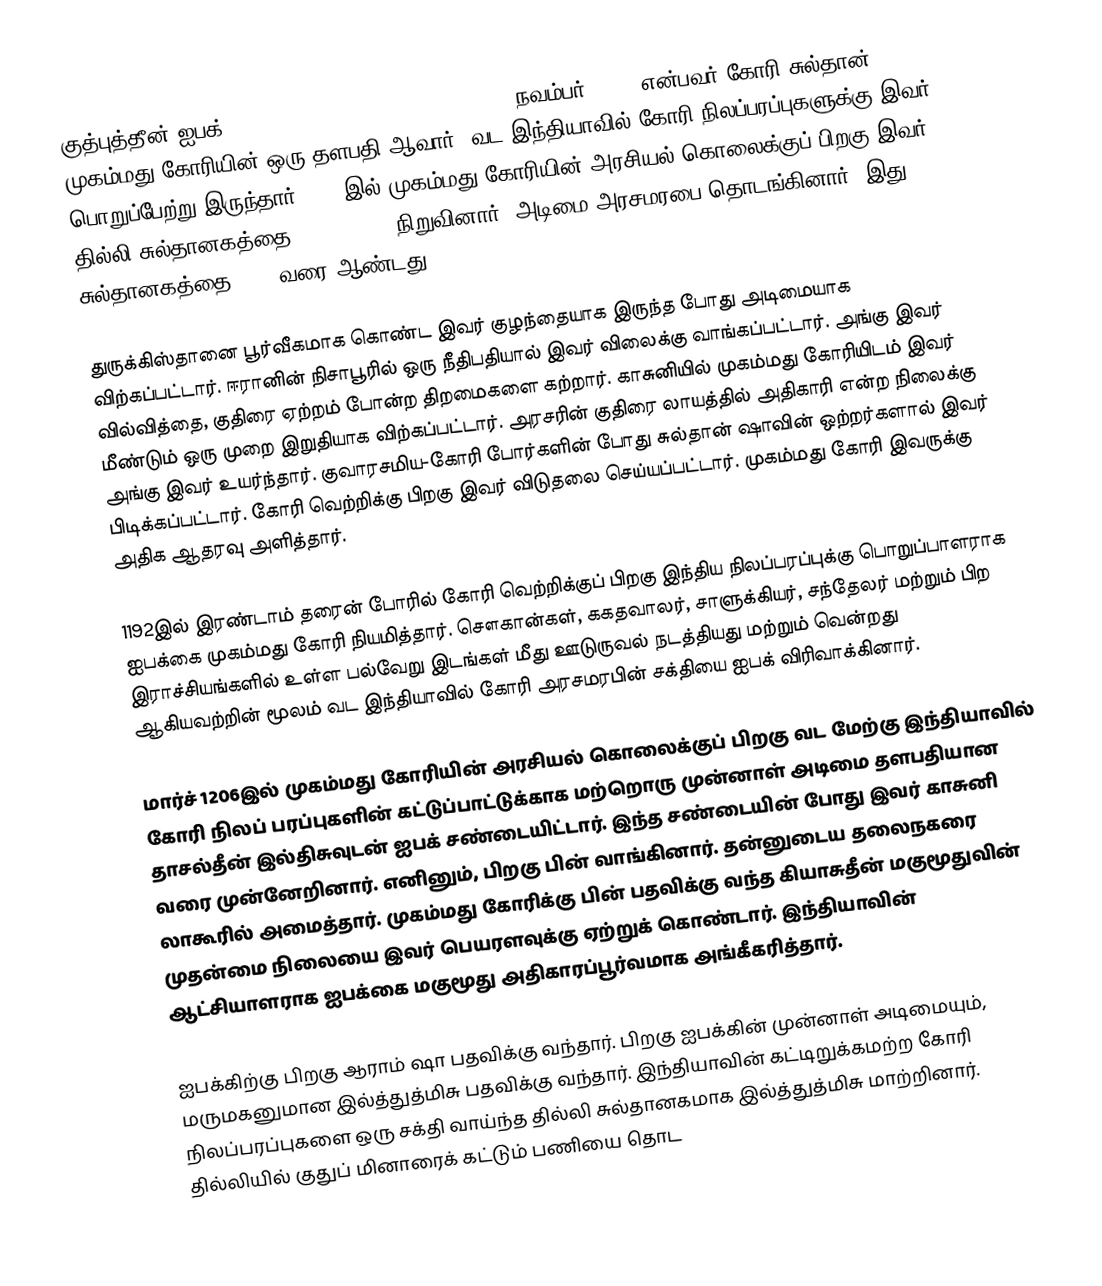
குத்புத்தீன் ஐபக் (Qutb ud-Din Aibak) (), (1150 – 14 நவம்பர் 1210) என்பவர் கோரி சுல்தான் முகம்மது கோரியின் ஒரு தளபதி ஆவார். வட இந்தியாவில் கோரி நிலப்பரப்புகளுக்கு இவர் பொறுப்பேற்று இருந்தார். 1206இல் முகம்மது கோரியின் அரசியல் கொலைக்குப் பிறகு இவர் தில்லி சுல்தானகத்தை (1206–1526) நிறுவினார். அடிமை அரசமரபை தொடங்கினார். இது சுல்தானகத்தை 1290 வரை ஆண்டது.

துருக்கிஸ்தானை பூர்வீகமாக கொண்ட இவர் குழந்தையாக இருந்த போது அடிமையாக விற்கப்பட்டார். ஈரானின் நிசாபூரில் ஒரு நீதிபதியால் இவர் விலைக்கு வாங்கப்பட்டார். அங்கு இவர் வில்வித்தை, குதிரை ஏற்றம் போன்ற திறமைகளை கற்றார். காசுனியில் முகம்மது கோரியிடம் இவர் மீண்டும் ஒரு முறை இறுதியாக விற்கப்பட்டார். அரசரின் குதிரை லாயத்தில் அதிகாரி என்ற நிலைக்கு அங்கு இவர் உயர்ந்தார். குவாரசமிய-கோரி போர்களின் போது சுல்தான் ஷாவின் ஒற்றர்களால் இவர் பிடிக்கப்பட்டார். கோரி வெற்றிக்கு பிறகு இவர் விடுதலை செய்யப்பட்டார். முகம்மது கோரி இவருக்கு அதிக ஆதரவு அளித்தார்.

1192இல் இரண்டாம் தரைன் போரில் கோரி வெற்றிக்குப் பிறகு இந்திய நிலப்பரப்புக்கு பொறுப்பாளராக ஐபக்கை முகம்மது கோரி நியமித்தார். சௌகான்கள், ககதவாலர், சாளுக்கியர், சந்தேலர் மற்றும் பிற இராச்சியங்களில் உள்ள பல்வேறு இடங்கள் மீது ஊடுருவல் நடத்தியது மற்றும் வென்றது ஆகியவற்றின் மூலம் வட இந்தியாவில் கோரி அரசமரபின் சக்தியை ஐபக் விரிவாக்கினார்.

மார்ச் 1206இல் முகம்மது கோரியின் அரசியல் கொலைக்குப் பிறகு வட மேற்கு இந்தியாவில் கோரி நிலப் பரப்புகளின் கட்டுப்பாட்டுக்காக மற்றொரு முன்னாள் அடிமை தளபதியான தாசல்தீன் இல்திசுவுடன் ஐபக் சண்டையிட்டார். இந்த சண்டையின் போது இவர் காசுனி வரை முன்னேறினார். எனினும், பிறகு பின் வாங்கினார். தன்னுடைய தலைநகரை லாகூரில் அமைத்தார். முகம்மது கோரிக்கு பின் பதவிக்கு வந்த கியாசுதீன் மகுமூதுவின் முதன்மை நிலையை இவர் பெயரளவுக்கு ஏற்றுக் கொண்டார். இந்தியாவின் ஆட்சியாளராக ஐபக்கை மகுமூது அதிகாரப்பூர்வமாக அங்கீகரித்தார்.

ஐபக்கிற்கு பிறகு ஆராம் ஷா பதவிக்கு வந்தார். பிறகு ஐபக்கின் முன்னாள் அடிமையும், மருமகனுமான இல்த்துத்மிசு பதவிக்கு வந்தார். இந்தியாவின் கட்டிறுக்கமற்ற கோரி நிலப்பரப்புகளை ஒரு சக்தி வாய்ந்த தில்லி சுல்தானகமாக இல்த்துத்மிசு மாற்றினார். தில்லியில் குதுப் மினாரைக் கட்டும் பணியை தொட